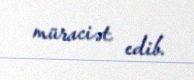
müraciət edib.